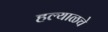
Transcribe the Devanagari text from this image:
हल्याळचे